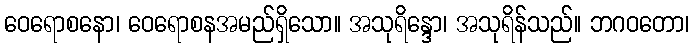
ဝေရောစနော၊ ဝေရောစနအမည်ရှိသော။ အသုရိန္ဒော၊ အသုရိန်သည်။ ဘဂဝတော၊